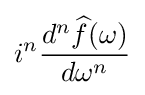
i^{n}{\frac {d^{n}{\widehat {f}}(\omega )}{d\omega ^{n}}}